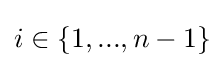
i\in \{1,...,n-1\}